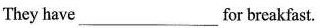
They have ___for breakfast.